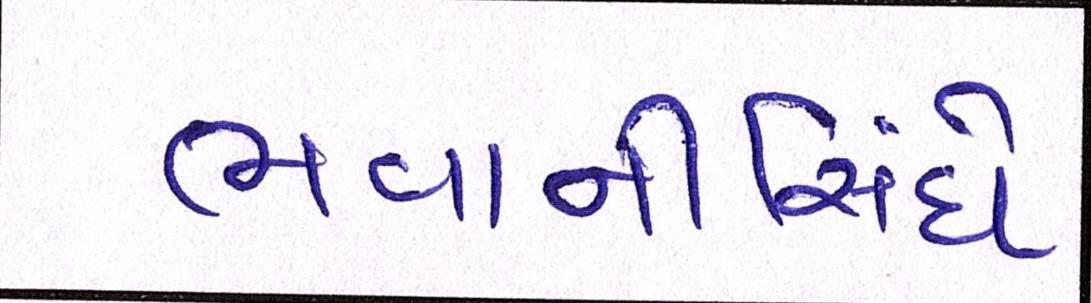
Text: ભવાનીસિંઘે